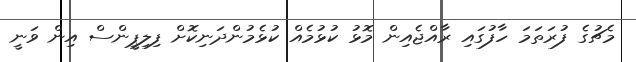
މެޗުގެ ފުރަތަމަ ހާފުގައި ރާއްޖެއިން މޮޅު ކުޅުމެއް ކުޅެމުންދަނިކޮށް ފިލިޕީންސް އިން ވަނީ